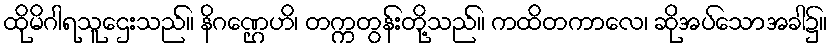
ထိုမိဂါရသူဌေးသည်။ နိဂဏ္ဌေဟိ၊ တက္ကတွန်းတို့သည်။ ကထိတကာလေ၊ ဆိုအပ်သောအခါ၌။